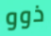
ذوو